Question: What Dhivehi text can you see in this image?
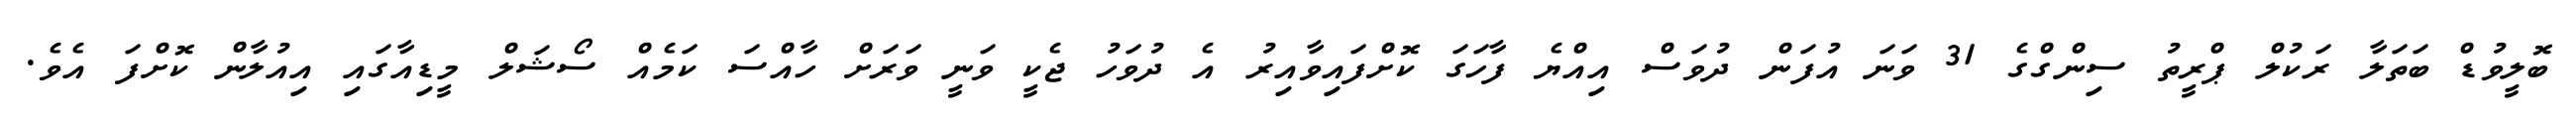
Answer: ބޮލީވުޑް ބަތަލާ ރަކުލް ޕްރީތު ސިންގްގެ 31 ވަނަ އުފަން ދުވަސް އިއްޔެ ފާހަގަ ކޮށްފައިވާއިރު އެ ދުވަހު ޖެކީ ވަނީ ވަރަށް ހާއްސަ ކަމެއް ސޯޝަލް މީޑިއާގައި އިއުލާން ކޮށްފަ އެވެ.